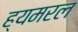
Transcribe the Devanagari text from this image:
ह्यमरल